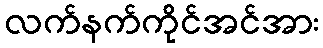
လက်နက်ကိုင်အင်အား